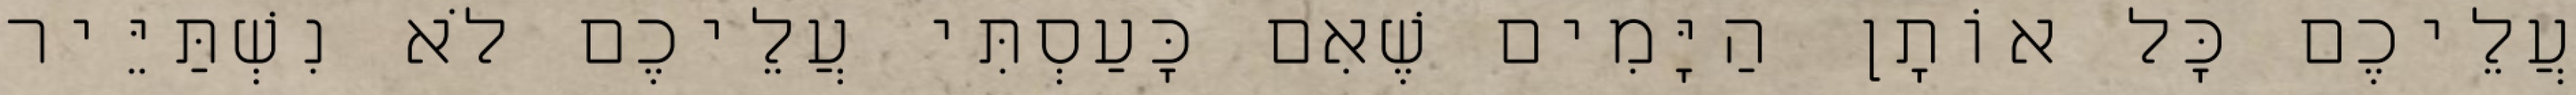
עֲלֵיכֶם כָּל אוֹתָן הַיָּמִים שֶׁאִם כָּעַסְתִּי עֲלֵיכֶם לֹא נִשְׁתַּיֵּיר